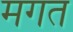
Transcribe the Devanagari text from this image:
मगत